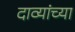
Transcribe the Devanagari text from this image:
दाव्यांच्या